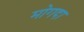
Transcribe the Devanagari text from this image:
मोगदा